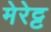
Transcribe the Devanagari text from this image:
मेरेट्ट